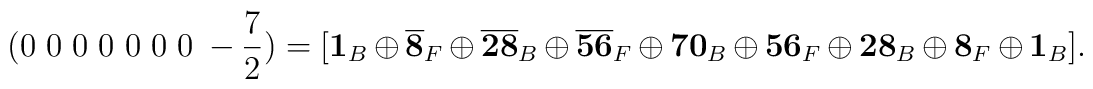
(0~0~0~0~0~0~0~-\frac{7}{2}) = [{\bf 1}_B \oplus {\bf \overline{8}}_F                             \oplus {\bf \overline{28}}_B \oplus {\bf                             \overline{56}}_F \oplus {\bf 70}_B \oplus                             {\bf 56}_F \oplus {\bf 28}_B \oplus {\bf 8}_F                             \oplus {\bf 1}_B].